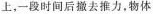
上，-段时间后撤去推力，物体